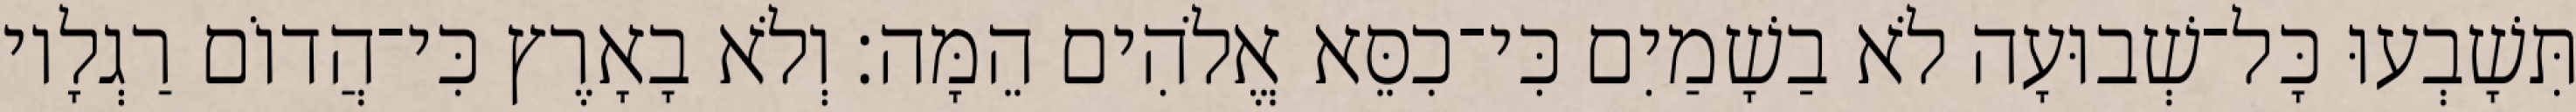
תִּשָׁבְעוּ כָּל־שְׁבוּעָה לֹא בַשָׁמַיִם כִּי־כִסֵּא אֱלֹהִים הֵמָּה׃ וְלֹא בָאָרֶץ כִּי־הֲדוֹם רַגְלָיו